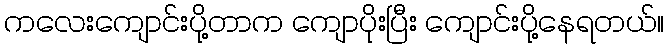
ကလေးကျောင်းပို့တာက ကျောပိုးပြီး ကျောင်းပို့နေရတယ်။